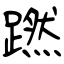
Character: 蹨